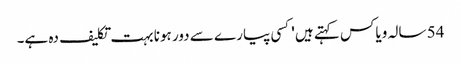
54 سالہ ویاکس کہتے ہیں 'کسی پیارے سے دور ہونا بہت تکلیف دہ ہے۔